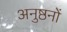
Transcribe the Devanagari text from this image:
अनुष्ठनों